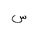
Letter: _sin